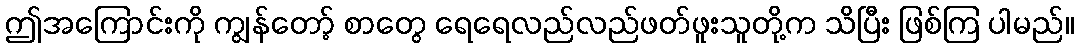
ဤအကြောင်းကို ကျွန်တော့် စာတွေ ရေရေလည်လည်ဖတ်ဖူးသူတို့က သိပြီး ဖြစ်ကြ ပါမည်။